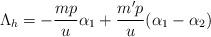
LaTeX: \begin{align*}\Lambda_{h}=-\frac{mp}{u}\alpha_{1}+\frac{m'p}{u}(\alpha_{1}-\alpha_{2})\end{align*}